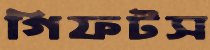
গিফটস